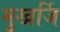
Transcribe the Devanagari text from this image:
मुखर्जि